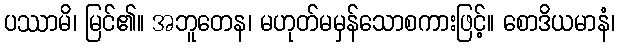
ပဿာမိ၊ မြင်၏။ အဘူတေန၊ မဟုတ်မမှန်သောစကားဖြင့်။ စောဒိယမာနံ၊